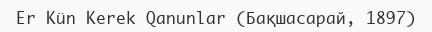
Er Kün Kerek Qanunlar (Бақшасарай, 1897)